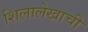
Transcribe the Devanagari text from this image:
शिलालेखाची